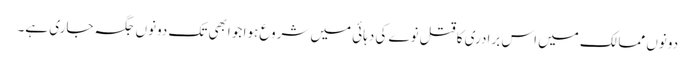
دونوں ممالک میں اس برادری کا قتل نوے کی دہائی میں شروع ہوا جو ابھی تک دونوں جگہ جاری ہے۔